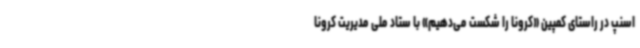
اسنپ در راستای کمپین «کرونا را شکست می‌دهیم» با ستاد ملی مدیریت کرونا